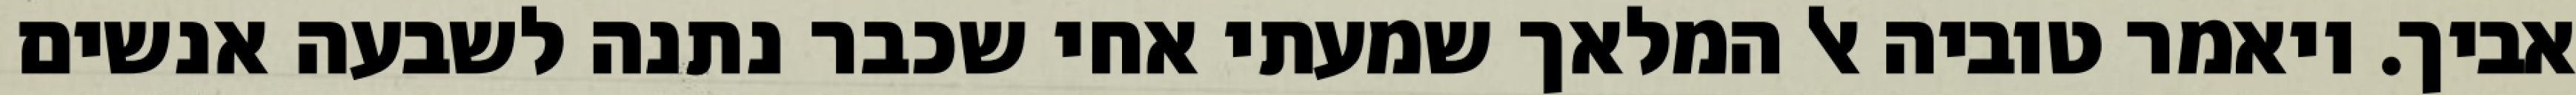
אביך. ויאמר טוביה אל המלאך שמעתי אחי שכבר נתנה לשבעה אנשים